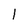
Character: 1